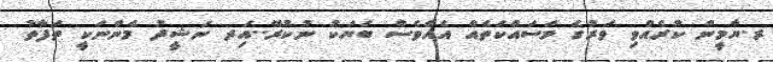
ރ.ޔާމީން ކުރެއްވި ވަރުގެ މަސައްކަތެއް އެއްވެސް ބަޔަކު ނުކުރޭ..އަިދ ނަޝީދު މެންނަކީ ތަފާތު